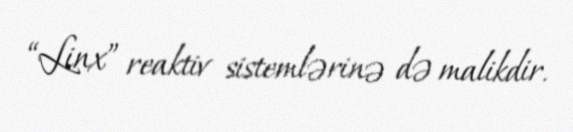
“Linx” reaktiv sistemlərinə də malikdir.